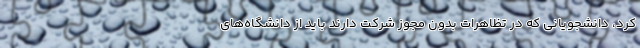
کرد، دانشجویانی که در تظاهرات بدون مجوز شرکت دارند باید از دانشگاه‌های